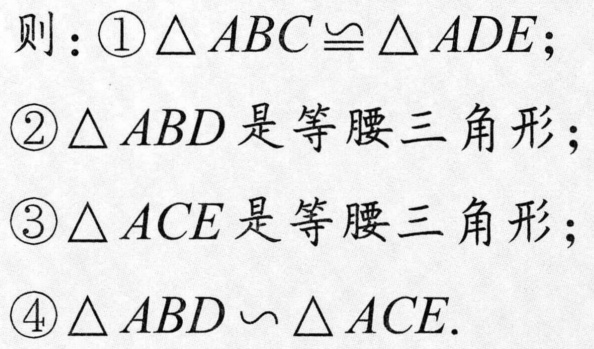
则：\textcircled{1}$\triangle ABC\cong\triangle ADE$；
\textcircled{2}$\triangle ABD$是等腰三角形；
\textcircled{3}$\triangle ACE$是等腰三角形；
\textcircled{4}$\triangle ABD\backsim\triangle ACE$.